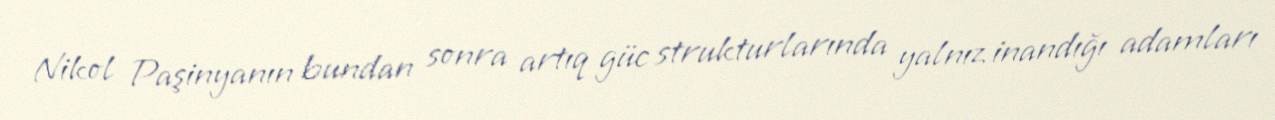
Nikol Paşinyanın bundan sonra artıq güc strukturlarında yalnız inandığı adamları